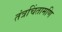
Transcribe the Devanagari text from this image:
तंत्रचिंतामणि